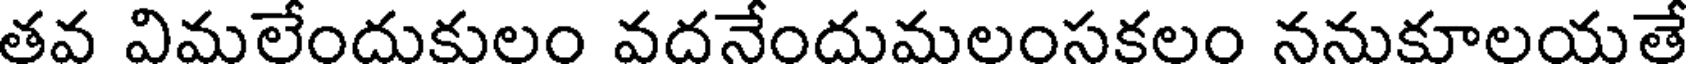
తవ విమలేందుకులం వదనేందుమలంసకలం ననుకూలయతే